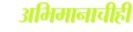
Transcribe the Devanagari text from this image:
अभिमानाचीही